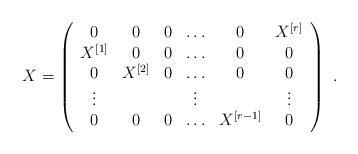
LaTeX: \begin{align*}X = \left(\begin{array}{cccccc}0 & 0 & 0 & \ldots & 0 & X^{[r]}\\X^{[1]} & 0 & 0 & \ldots & 0 & 0\\0 & X^{[2]} & 0 & \ldots & 0 & 0\\\vdots & {} & {} & \vdots & {} & \vdots \\0 & 0 & 0 & \ldots & X^{[r-1]} & 0\end{array}\right)\ .\end{align*}